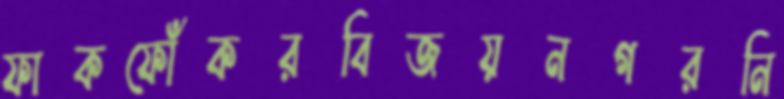
ফাকফোঁকরবিজয়নগরনি